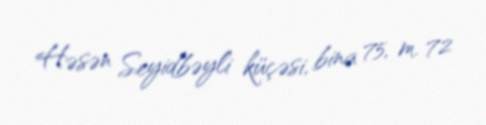
Həsən Seyidbəyli küçəsi, bina 75, m. 72